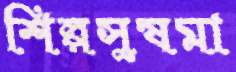
শিল্পসুষমা